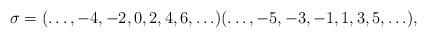
LaTeX: \begin{align*}\sigma = (\ldots, -4, -2, 0, 2, 4, 6,\ldots) (\ldots, -5, -3, -1, 1, 3, 5, \ldots), \end{align*}